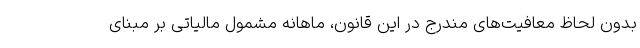
بدون لحاظ معافیت‌های مندرج در این قانون، ماهانه مشمول مالیاتی بر مبنای